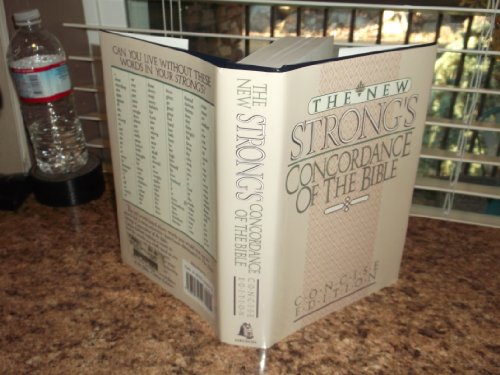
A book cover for The New Strong's Concordance of the Bible: Popular Edition; James Strong; Christian Books & Bibles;